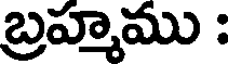
బ్రహ్మము :